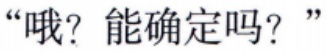
“哦？能确定吗？”